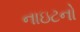
નાઇટનો